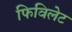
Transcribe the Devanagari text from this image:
फिविलेट